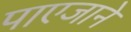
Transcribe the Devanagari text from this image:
पाएजाने